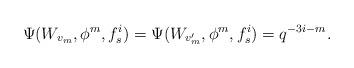
LaTeX: \begin{align*}\Psi(W_{v_m}, \phi^m, f_s^i)=\Psi(W_{v'_m}, \phi^m, f_s^i)=q^{-3i-m}.\end{align*}